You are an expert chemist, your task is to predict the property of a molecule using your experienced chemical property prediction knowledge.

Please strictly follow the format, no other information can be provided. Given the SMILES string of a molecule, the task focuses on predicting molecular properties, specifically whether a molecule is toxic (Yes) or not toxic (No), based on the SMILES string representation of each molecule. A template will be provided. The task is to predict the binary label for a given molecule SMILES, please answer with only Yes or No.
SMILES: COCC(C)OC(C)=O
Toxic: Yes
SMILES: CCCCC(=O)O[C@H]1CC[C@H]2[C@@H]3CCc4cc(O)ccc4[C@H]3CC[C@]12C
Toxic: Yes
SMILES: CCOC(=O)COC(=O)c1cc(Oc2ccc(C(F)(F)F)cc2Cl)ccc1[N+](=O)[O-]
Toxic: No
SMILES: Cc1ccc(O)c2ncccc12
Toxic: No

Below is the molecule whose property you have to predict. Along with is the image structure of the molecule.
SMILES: Oc1ccc(C(=C(Cl)Cl)c2ccc(O)cc2)cc1
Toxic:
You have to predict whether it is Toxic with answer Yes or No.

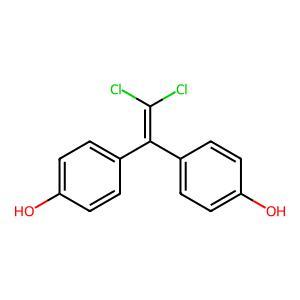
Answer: No